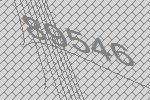
89546